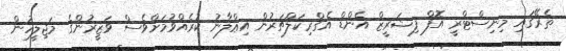
ތެރޭގައި މިނިސްޓްރީ އޮފް ފިޝަރީޒް އެންޑް އެގްރިކަލްޗަރުން އިޢްލާނު ކުރެއްވުމަށްވެސް ވަޒީރުންގެ މަޖިލީހުން